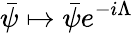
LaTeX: {\bar{\psi}}\mapsto{\bar{\psi}}e^{-i\Lambda}